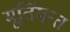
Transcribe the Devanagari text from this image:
मूर्तिमन्त